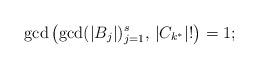
LaTeX: \begin{align*}\gcd\left(\gcd(|B_j|)_{j=1}^s, \,|C_{k^*}|!\right)=1;\end{align*}